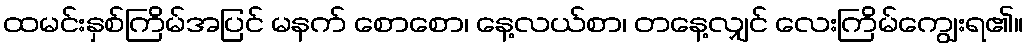
ထမင်းနှစ်ကြိမ်အပြင် မနက် စောစော၊ နေ့လယ်စာ၊ တနေ့လျှင် လေးကြိမ်ကျွေးရ၏။